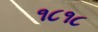
૧૮૧૮